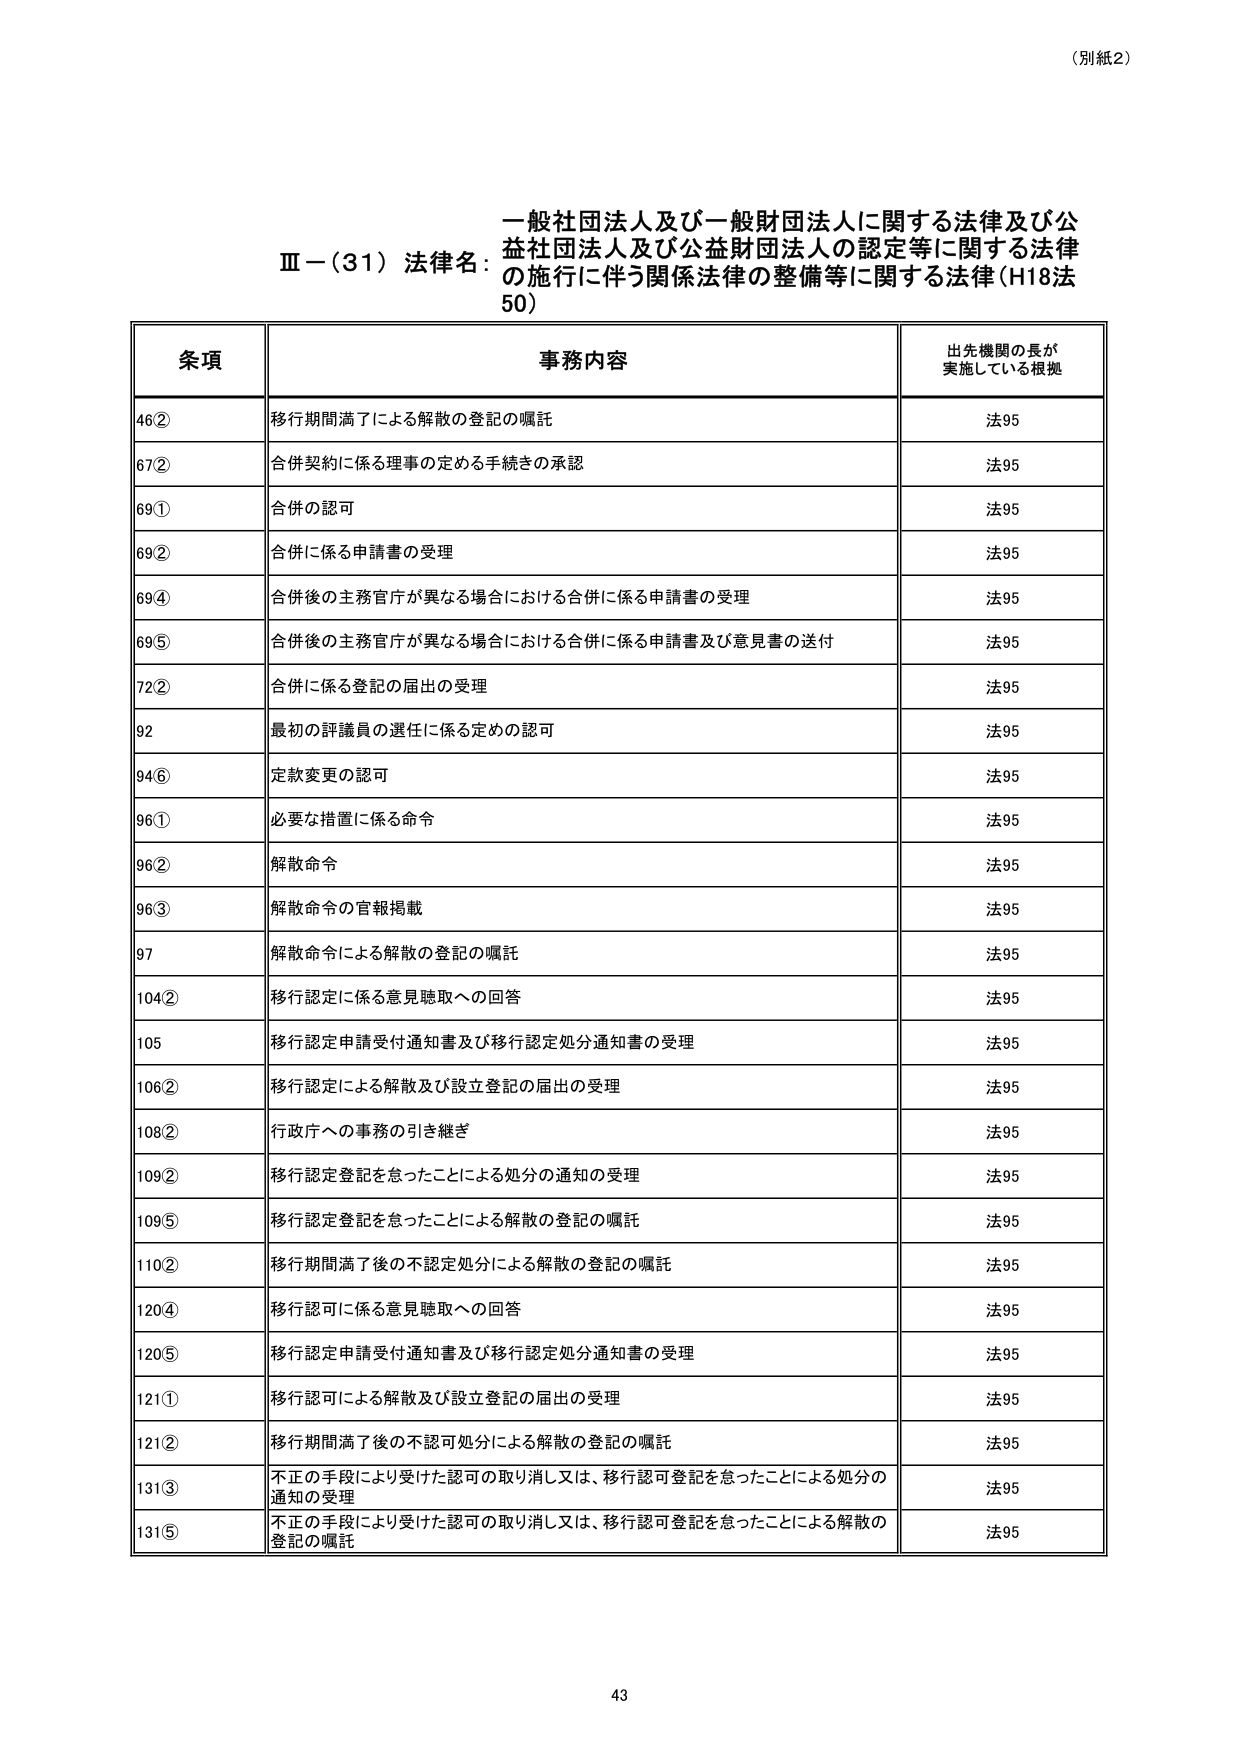
（別紙2）

一般社団法人及び一般財団法人に関する法律及び公益社団法人及び公益財団法人の認定等に関する法律の施行に伴う関係法律の整備等に関する法律（H18法50）

Ⅲ－（31）法律名：

条項 事務内容 出先機関の長が実施している根拠
46② 移行期間満了による解散の登記の嘱託 法95
67② 合併契約に係る理事の定める手続きの承認 法95
69① 合併の認可 法95
69② 合併に係る申請書の受理 法95
69④ 合併後の主務官庁が異なる場合における合併に係る申請書の受理 法95
69⑤ 合併後の主務官庁が異なる場合における合併に係る申請書及び意見書の送付 法95
72② 合併に係る登記の届出の受理 法95
92 最初の評議員の選任に係る定めの認可 法95
94⑥ 定款変更の認可 法95
96① 必要な措置に係る命令 法95
96② 解散命令 法95
96③ 解散命令の官報掲載 法95
97 解散命令による解散の登記の嘱託 法95
104② 移行認定に係る意見聴取への回答 法95
105 移行認定申請受付通知書及び移行認定処分通知書の受理 法95
106② 移行認定による解散及び設立登記の届出の受理 法95
108② 行政庁への事務の引き継ぎ 法95
109② 移行認定登記を怠ったことによる処分の通知の受理 法95
109⑤ 移行認定登記を怠ったことによる解散の登記の嘱託 法95
110② 移行期間満了後の不認定処分による解散の登記の嘱託 法95
120④ 移行認可に係る意見聴取への回答 法95
120⑤ 移行認定申請受付通知書及び移行認定処分通知書の受理 法95
121① 移行認可による解散及び設立登記の届出の受理 法95
121② 移行期間満了後の不認可処分による解散の登記の嘱託 法95
131③ 不正の手段により受けた認可の取り消し又は、移行認可登記を怠ったことによる処分の通知の受理 法95
131⑤ 不正の手段により受けた認可の取り消し又は、移行認可登記を怠ったことによる解散の登記の嘱託 法95

43